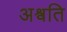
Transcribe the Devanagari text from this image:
अश्वति